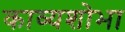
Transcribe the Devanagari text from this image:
काव्यशोभा